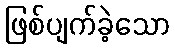
ဖြစ်ပျက်ခဲ့သော